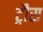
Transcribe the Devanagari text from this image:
ट्रौस